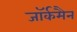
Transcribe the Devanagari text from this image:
जॉर्कमैन